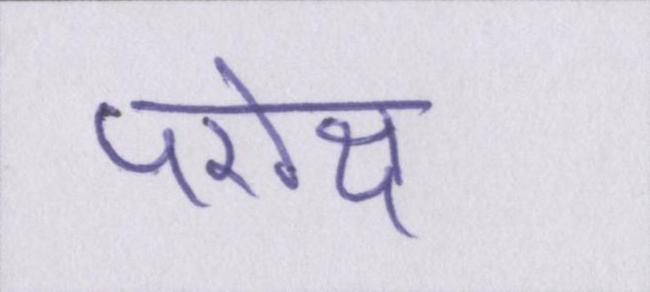
परोक्ष